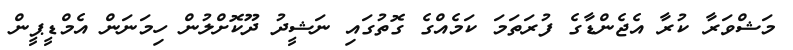
މަޝްވަރާ ކުރާ އެޖެންޑާގެ ފުރަތަމަ ކަމެއްގެ ގޮތުގައި ނަޝީދު ދޫކޮށްލުން ހިމަނަން އެމްޑީޕީން